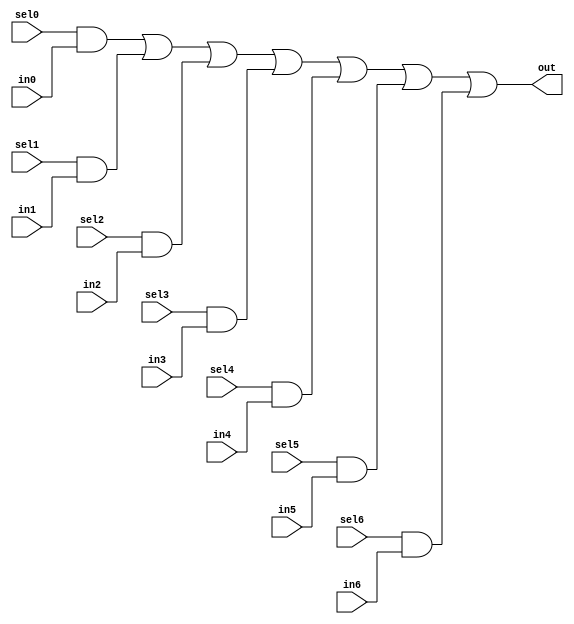
// This program was cloned from: https://github.com/aolofsson/oh
// License: MIT License

//#############################################################################
//# Function: 7:1 one hot mux                                                 #
//#############################################################################
//# Author:   Andreas Olofsson                                                #
//# License:  MIT (see LICENSE file in OH! repository)                        #
//#############################################################################

module oh_mux7 #(parameter N = 1 ) // width of mux
   (
    input 	    sel6,
    input 	    sel5,
    input 	    sel4,
    input 	    sel3,
    input 	    sel2,
    input 	    sel1,
    input 	    sel0,
    input [N-1:0]  in6,
    input [N-1:0]  in5,
    input [N-1:0]  in4,
    input [N-1:0]  in3,
    input [N-1:0]  in2,
    input [N-1:0]  in1,
    input [N-1:0]  in0,
    output [N-1:0] out  //selected data output
    );

   assign out[N-1:0] = ({(N){sel0}} & in0[N-1:0] |
			 {(N){sel1}} & in1[N-1:0] |
			 {(N){sel2}} & in2[N-1:0] |
			 {(N){sel3}} & in3[N-1:0] |
			 {(N){sel4}} & in4[N-1:0] |
			 {(N){sel5}} & in5[N-1:0] |
			 {(N){sel6}} & in6[N-1:0]);


endmodule // oh_mux7